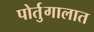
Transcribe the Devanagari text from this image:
पोर्तुगालात